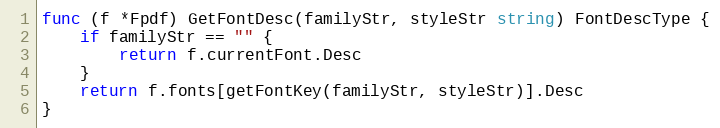
Language: Go
func (f *Fpdf) GetFontDesc(familyStr, styleStr string) FontDescType {
	if familyStr == "" {
		return f.currentFont.Desc
	}
	return f.fonts[getFontKey(familyStr, styleStr)].Desc
}